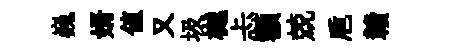
巍婿値又圾樾忐額兢巵贛